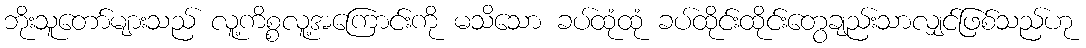
ဘိုးသူတော်များသည် လူ့ကိစ္စလူ့အကြောင်းကို မသိသော ခပ်ထုံထုံ ခပ်ထိုင်းထိုင်းတွေချည်းသာလျှင်ဖြစ်သည်ဟု